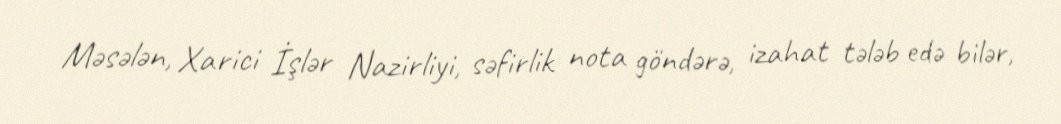
Məsələn, Xarici İşlər Nazirliyi, səfirlik nota göndərə, izahat tələb edə bilər,